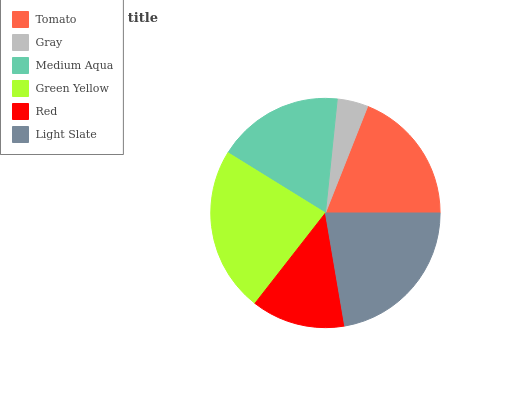
| Tomato | Gray | Medium Aqua | Green Yellow | Red | Light Slate |
 | --- | --- | --- | --- | --- | --- |
 | 19% | 4.37% | 17.8% | 23.3% | 13.2% | 22.3% |